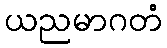
ယညမာဂတံ